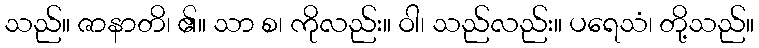
သည်။ ဇာနာတိ၊ ၏။ သာ စ၊ ကိုလည်း။ ဝါ၊ သည်လည်း။ ပရေသံ၊ တို့သည်။